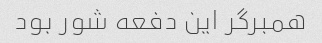
همبرگر این دفعه شور بود